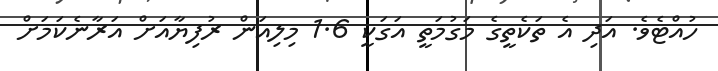
ހުއްޓެވެ. އަދި އެ ތަކެތީގެ މަގުމަތީ އަގަކީ 1.6 މިލިއަން ރުފިޔާއަށް އަރާނެކަމަށް